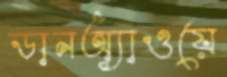
ডানঅ্যাওয়ে